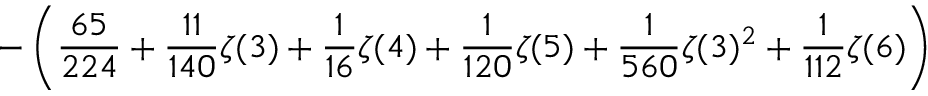
\displaystyle - \left( \frac { 6 5 } { 2 2 4 } + \frac { 1 1 } { 1 4 0 } \zeta ( 3 ) + \frac { 1 } { 1 6 } \zeta ( 4 ) + \frac { 1 } { 1 2 0 } \zeta ( 5 ) + \frac { 1 } { 5 6 0 } \zeta ( 3 ) ^ { 2 } + \frac { 1 } { 1 1 2 } \zeta ( 6 ) \right)